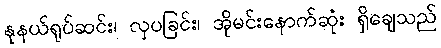
နုနယ်ရုပ်ဆင်း၊ လှပခြင်း၊ အိုမင်းနောက်ဆုံး ရှိချေသည်